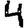
Digit: 4